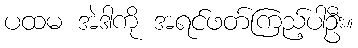
ပထမ အဲဒါကို အရင်ဖတ်ကြည့်ပါဦး။